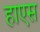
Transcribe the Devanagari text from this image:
हाएस